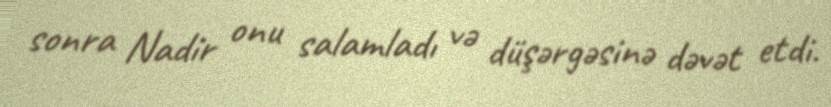
sonra Nadir onu salamladı və düşərgəsinə dəvət etdi.